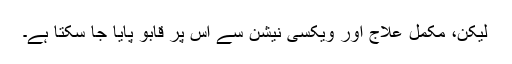
لیکن، مکمل علاج اور ویکسی نیشن سے اس پر قابو پایا جا سکتا ہے۔